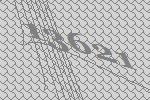
13621